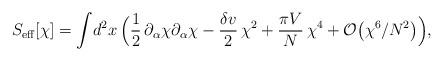
\begin{align*}S_{\rm eff}[\chi] = \int\! d^2x \, \Bigl( {1\over 2}\,\partial_{\alpha}\chi \partial_{\alpha}\chi - {\delta v\over 2}\,\chi^{2} +{\pi V\over N}\,\chi^4 + {\cal O}\bigl(\chi ^{6}/N^{2}\bigr)\Bigr),\end{align*}